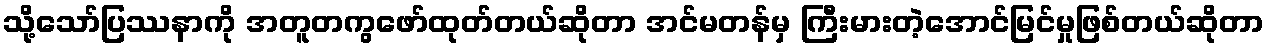
သို့သော်ပြဿနာကို အတူတကွဖော်ထုတ်တယ်ဆိုတာ အင်မတန်မှ ကြီးမားတဲ့အောင်မြင်မှုဖြစ်တယ်ဆိုတာ